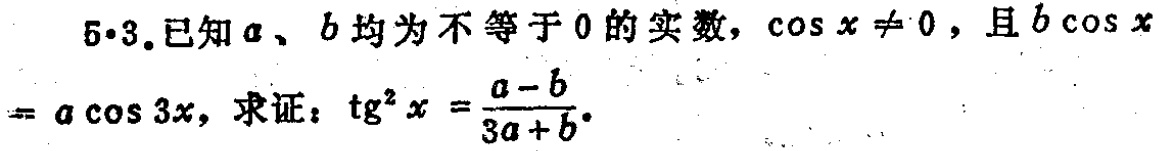
5·3.已知\(a\)、\(b\)均为不等于\(0\)的实数，\(\cos x\neq 0\)，且\(b\cos x = a\cos 3x\)，求证：\(\text{tg}^{2}x = \frac{a - b}{3a + b}\)。